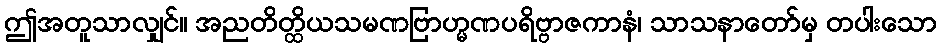
ဤအတူသာလျှင်။ အညတိတ္ထိယသမဏဗြာဟ္မဏပရိဗ္ဗာဇကာနံ၊ သာသနာတော်မှ တပါးသော